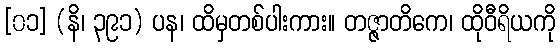
[၀၁] (နိ၊ ၃၉၁) ပန၊ ထိမှတစ်ပါးကား။ တဇ္ဇာတိကေ၊ ထိုဝီရိယကို